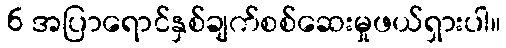
6 အပြာရောင်နှစ်ချက်စစ်ဆေးမှုဖယ်ရှားပါ။